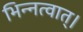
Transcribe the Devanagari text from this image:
भिन्नत्वात्।